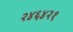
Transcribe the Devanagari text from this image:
२४६४२१